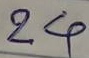
24